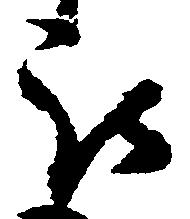
被